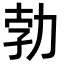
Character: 勃